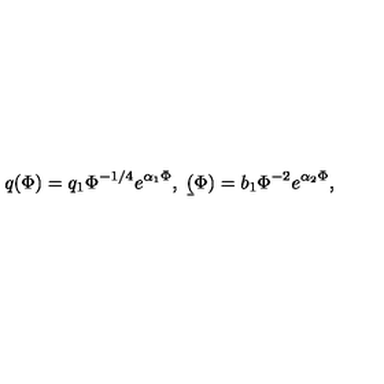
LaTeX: q ( \Phi ) = q _ { 1 } \Phi ^ { - 1 / 4 } e ^ { \alpha _ { 1 } \Phi } , \ \b ( \Phi ) = b _ { 1 } \Phi ^ { - 2 } e ^ { \alpha _ { 2 } \Phi } ,